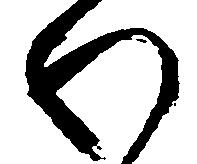
わ